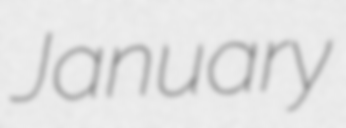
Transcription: January